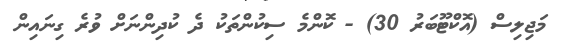
މަޖިލިސް (އޮކްޓޫބަރު 30) - ކޮންމެ ސިކުންތަކު ދެ ކުދިންނަށް ވުރެ ގިނައިން